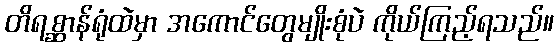
တိရစ္ဆာန်ရုံထဲမှာ အကောင်တွေမျိုးစုံပဲ ကိုယ်ကြည့်ရသည်။